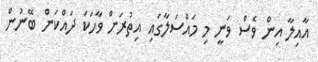
އާއިލާ އިން ވެސް ވަނީ މި މައްސަލާގައި އިތުރަށް ވާހަކަ ދައްކަން ބޭނުން